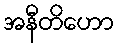
အနီတိဟော